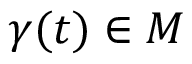
\gamma ( t ) \in M